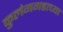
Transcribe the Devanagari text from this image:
कुलंगगडाच्या